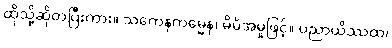
ထိုသို့ဆိုတပြီးကား။ သကေနကမ္မေန၊ မိမိအမှုဖြင့်။ ပညာယိဿထ၊